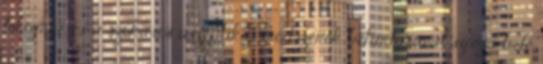
felszínre, és a szokásos aszeptikus módszerek betartásával szúrja bele